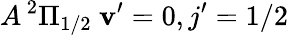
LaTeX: A\, ^{2}\Pi_{1/2}\ \mathbf{v}^{\prime}=0,j^{\prime}=1/2